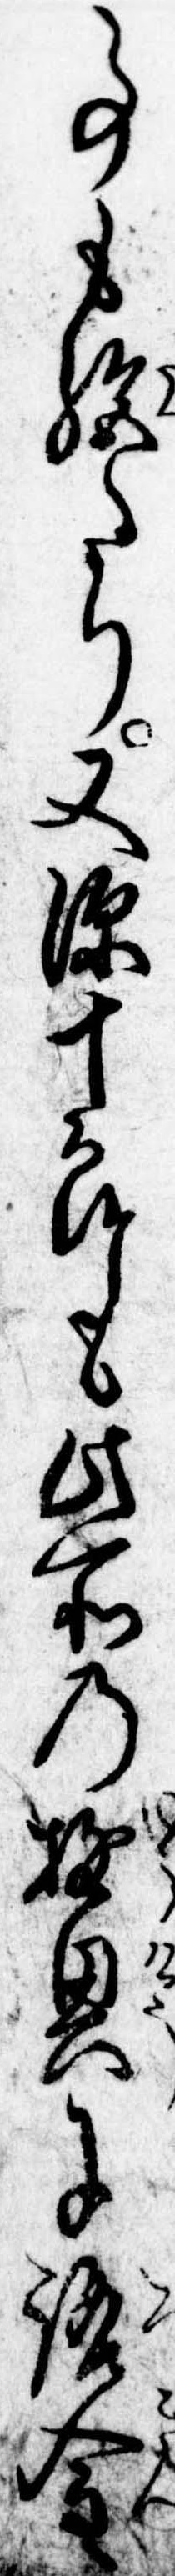
事も絶たり又源十郎も此所の遊興に路金